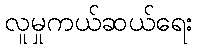
လူမှုကယ်ဆယ်ရေး